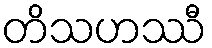
တိသဟဿီ